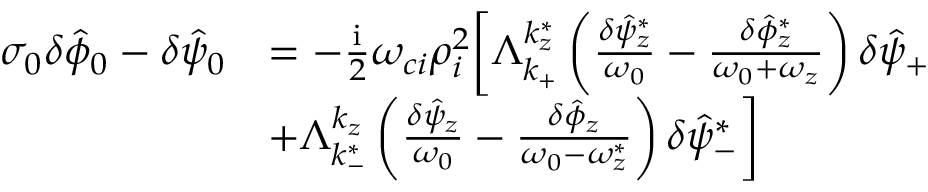
\begin{array} { r l } { \sigma _ { 0 } \delta \hat { \phi } _ { 0 } - \delta \hat { \psi } _ { 0 } } & { = - \frac { \mathrm { i } } { 2 } \omega _ { c i } \rho _ { i } ^ { 2 } \bigg [ \Lambda _ { k _ { + } } ^ { k _ { z } ^ { * } } \left( \frac { \delta \hat { \psi } _ { z } ^ { * } } { \omega _ { 0 } } - \frac { \delta \hat { \phi } _ { z } ^ { * } } { \omega _ { 0 } + \omega _ { z } } \right) \delta \hat { \psi } _ { + } } \\ & { + \Lambda _ { k _ { - } ^ { * } } ^ { k _ { z } } \left( \frac { \delta \hat { \psi } _ { z } } { \omega _ { 0 } } - \frac { \delta \hat { \phi } _ { z } } { \omega _ { 0 } - \omega _ { z } ^ { * } } \right) \delta \hat { \psi } _ { - } ^ { * } \bigg ] } \end{array}